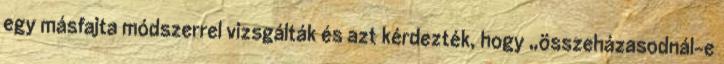
egy másfajta módszerrel vizsgálták és azt kérdezték, hogy „összeházasodnál-e